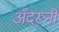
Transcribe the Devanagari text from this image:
अँदरूनी